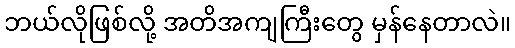
ဘယ်လိုဖြစ်လို့ အတိအကျကြီးတွေ မှန်နေတာလဲ။